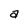
Character: a